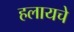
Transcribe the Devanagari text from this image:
हलायचे